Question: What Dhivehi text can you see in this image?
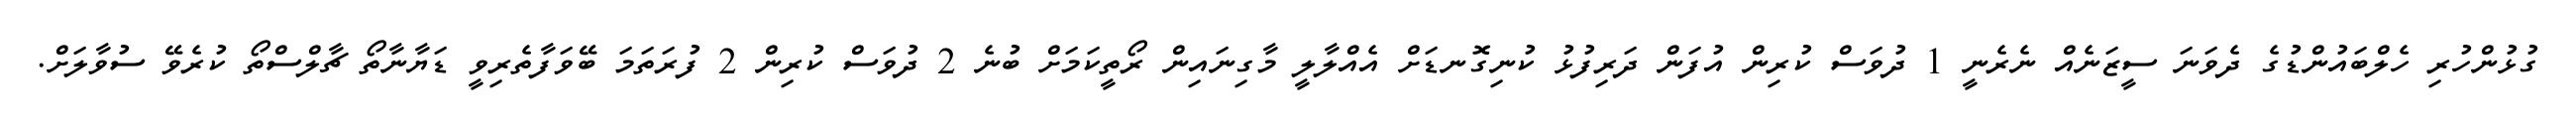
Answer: ގުޅުންހުރި ހެލްބައުންޑުގެ ދެވަނަ ސީޒަނެއް ނެރެނީ 1 ދުވަސް ކުރިން އުފަން ދަރިފުޅު ކުނިގޮނޑަށް އެއްލާލީ މާގިނައިން ރޯތީކަމަށް ބުނެ 2 ދުވަސް ކުރިން 2 ފުރަތަމަ ބޭވަފާތެރިވީ ޑަޔާނާތޯ ޗާލްސްތޯ ކުރެވޭ ސުވާލަށް.